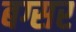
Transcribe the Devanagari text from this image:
बग्सर